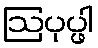
ဩပုပ္ဖါ